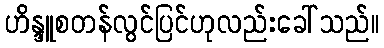
ဟိန္ဒူစတန်လွင်ပြင်ဟုလည်းခေါ်သည်။